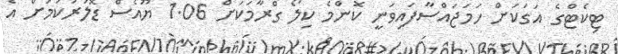
ޓިކެޓްގެ އަގަކަށް ހަމަޖައްސާފައިވަނީ ކޮންމެ ކިލޯ ގްރާމަކަށް 1.06 ޔޫއެސް ޑޮލަރުކަމަށް އެ